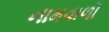
નામવાળો